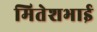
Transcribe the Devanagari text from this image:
मितेशभाई